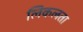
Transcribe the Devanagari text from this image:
लिकलता